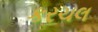
કરચલ